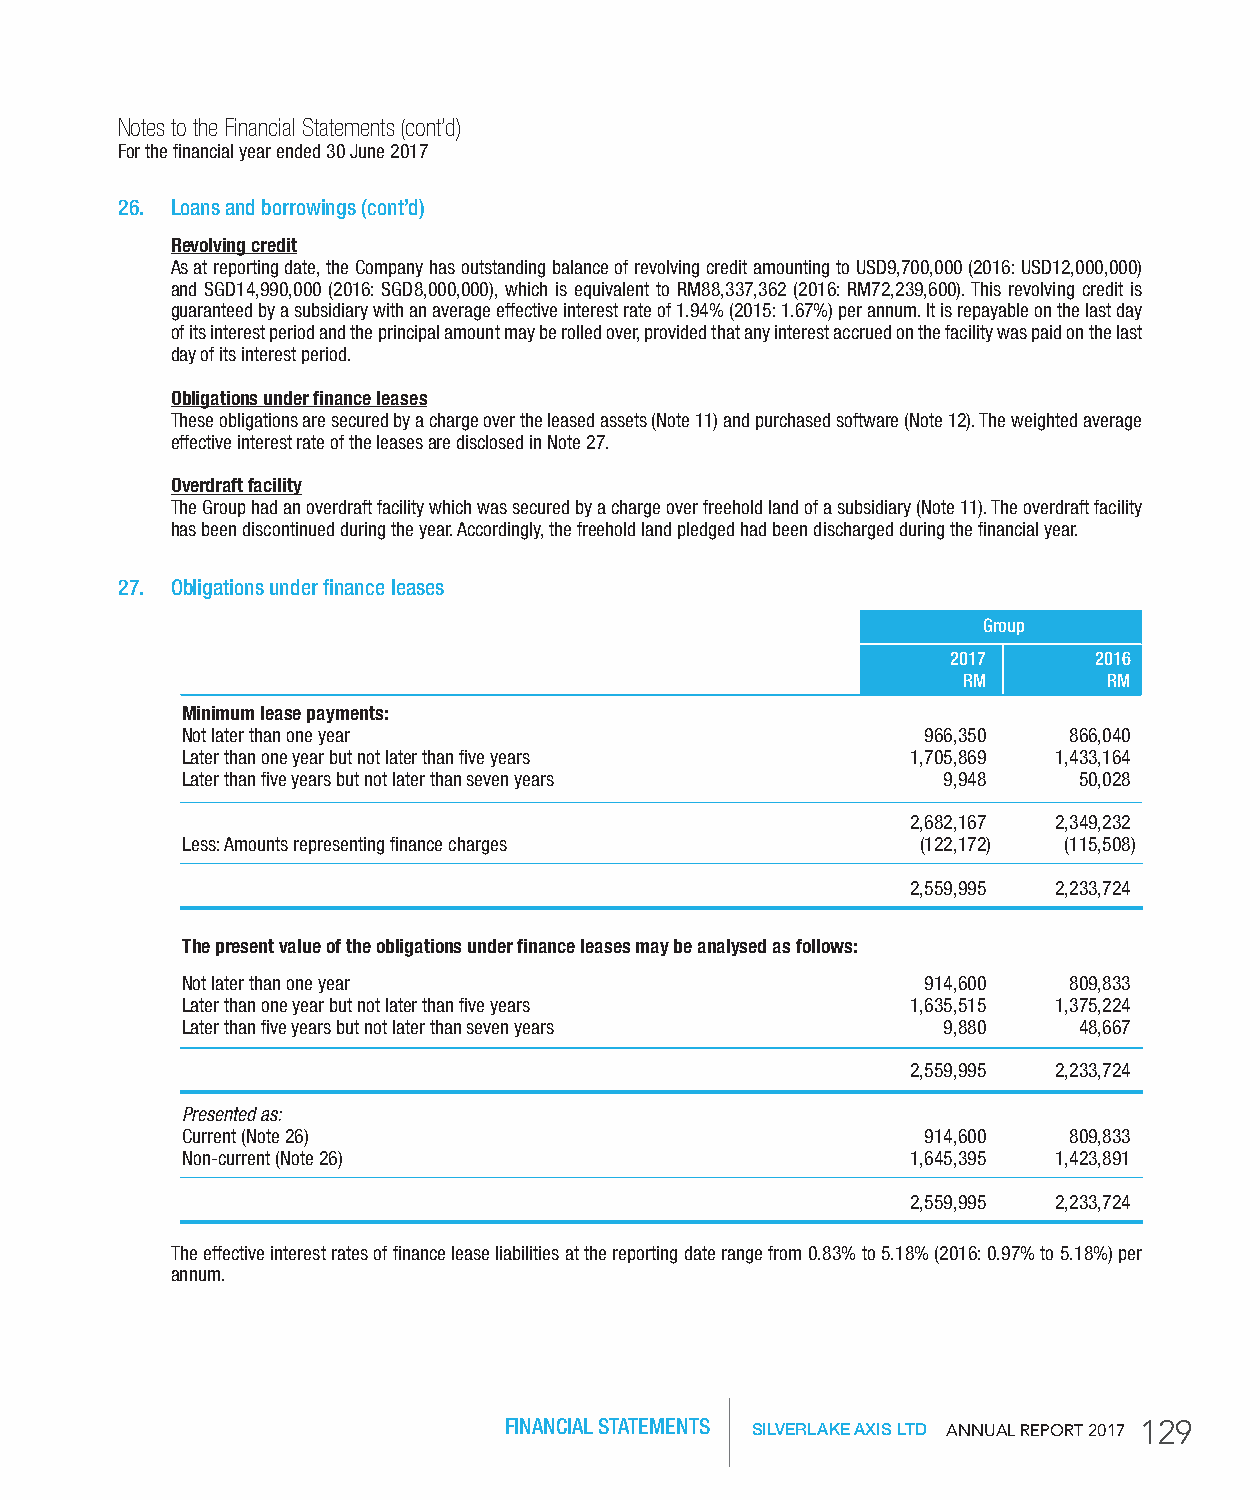
Notes to the Financial Statements (cont’d)
 For the financial year ended 30 June 2017
 26. Loans and borrowings (cont’d)
 revolving credit
 As at reporting date, the Company has outstanding balance of revolving credit amounting to USD9,700,000 (2016: USD12,000,000)
 and SGD14,990,000 (2016: SGD8,000,000), which is equivalent to RM88,337,362 (2016: RM72,239,600). This revolving credit is
 guaranteed by a subsidiary with an average effective interest rate of 1.94% (2015: 1.67%) per annum. It is repayable on the last day
 of its interest period and the principal amount may be rolled over, provided that any interest accrued on the facility was paid on the last
 day of its interest period.
 obligations under finance leases
 These obligations are secured by a charge over the leased assets (Note 11) and purchased software (Note 12). The weighted average
 effective interest rate of the leases are disclosed in Note 27.
 overdraft facility
 The Group had an overdraft facility which was secured by a charge over freehold land of a subsidiary (Note 11). The overdraft facility
 has been discontinued during the year. Accordingly, the freehold land pledged had been discharged during the financial year.
 27. obligations under finance leases
 group
 2017     2016
 rM       rM
 Minimum lease payments:
 Not later than one year                          966,350   866,040
 Later than one year but not later than five years 1,705,869 1,433,164
 Later than five years but not later than seven years 9,948 50,028
 2,682,167 2,349,232
 Less: Amounts representing finance charges       (122,172) (115,508)
 2,559,995 2,233,724
 the present value of the obligations under finance leases may be analysed as follows:
 Not later than one year                          914,600   809,833
 Later than one year but not later than five years 1,635,515 1,375,224
 Later than five years but not later than seven years 9,880 48,667
 2,559,995 2,233,724
 Presented as:
 Current (Note 26)                                914,600   809,833
 Non-current (Note 26)                           1,645,395 1,423,891
 2,559,995 2,233,724
 The effective interest rates of finance lease liabilities at the reporting date range from 0.83% to 5.18% (2016: 0.97% to 5.18%) per
 annum.
 FINANCIAL STATEMENTS SILVERLAKE AXIS LTD AnnuAl RepoRt 2017 129